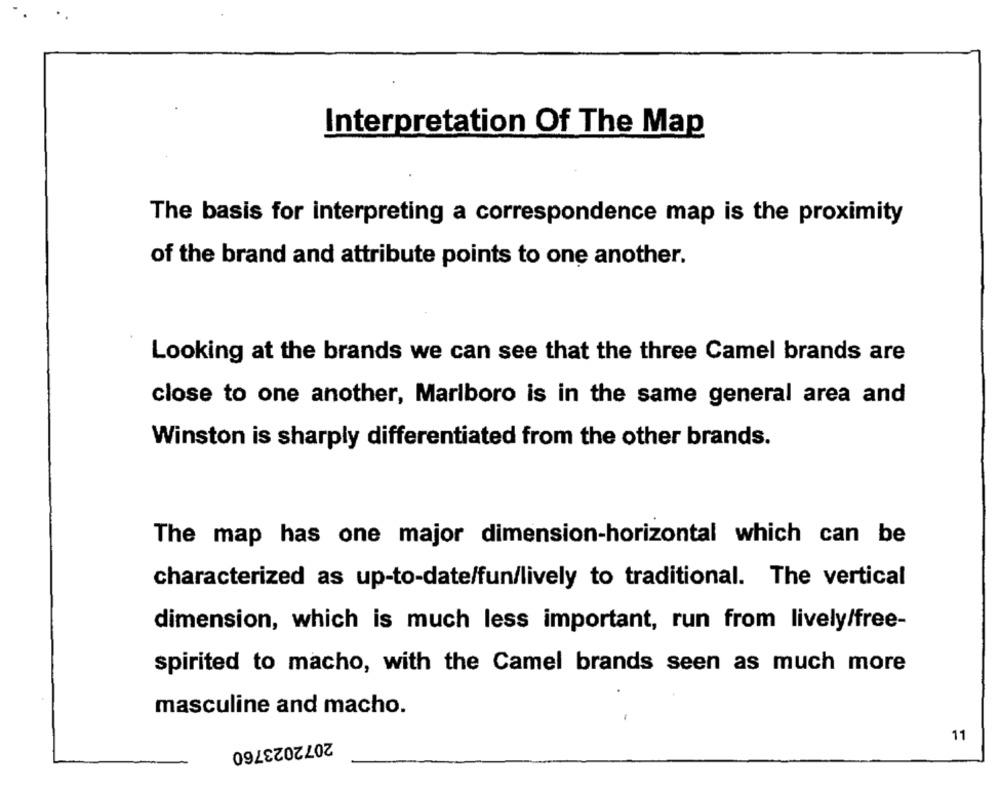
Interpretation Of The Map
The basis for interpreting a correspondence map is the proximity
of the brand and attribute points to one another.
Looking at the brands we can see that the three Camel brands are
close to one another, Marlboro is in the same general area and
Winston is sharply differentiated from the other brands.
The map has one major dimension-horizontal which can be
characterized as up-to-date/fun/lively to traditional. The vertical
dimension, which is much less important, run from lively/free-
spirited to macho, with the Camel brands seen as much more
masculine and macho.
11
2072023760